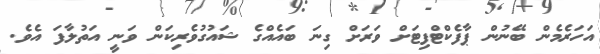
އަހަރެމެން ބޭނުން ޕާފެކްޓްފިޓަށް ވަރަށް ގިނަ ބައެއްގެ ޝައުގުވެރިކަން ވަނީ އަތުލާފަ އެވެ.